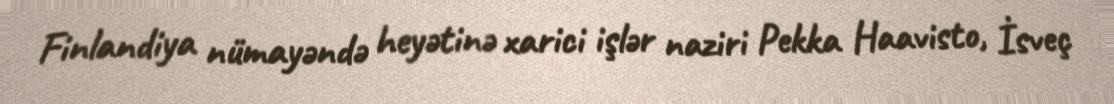
Finlandiya nümayəndə heyətinə xarici işlər naziri Pekka Haavisto, İsveç